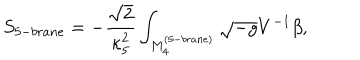
S _ { 5 - b r a n e } = - \frac { \sqrt { 2 } } { \kappa _ { 5 } ^ { 2 } } \int _ { M _ { 4 } ^ { ( 5 - b r a n e ) } } { \sqrt { - g } V ^ { - 1 } \beta } ,